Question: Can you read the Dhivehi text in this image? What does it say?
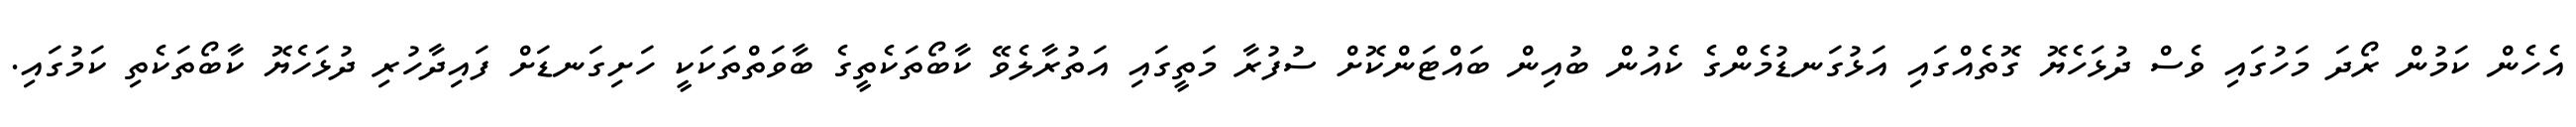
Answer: އެހެން ކަމުން ރޯދަ މަހުގައި ވެސް ދުޅަހެޔޮ ގޮތެއްގައި އަޅުގަނޑުމެންގެ ކެއުން ބުއިން ބައްޓަންކޮށް ސުފުރާ މަތީގައި އަތުރާލެވޭ ކާބޯތަކެތީގެ ބާވަތްތަކަކީ ހަށިގަނޑަށް ފައިދާހުރި ދުޅަހެޔޮ ކާބޯތަކެތި ކަމުގައި.